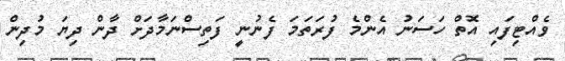
ވެއްޓިފައި އޮތް ހަސަނު އެންމެ ފުރަތަމަ ފެނުނީ ފަތިސްނަމާދަށް ދާން ދިޔަ މުދިން